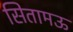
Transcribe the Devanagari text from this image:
सितामऊ